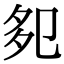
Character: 𭅹